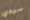
سيدي